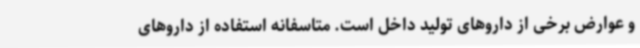
و عوارض برخی از داروهای تولید داخل است. متاسفانه استفاده از داروهای